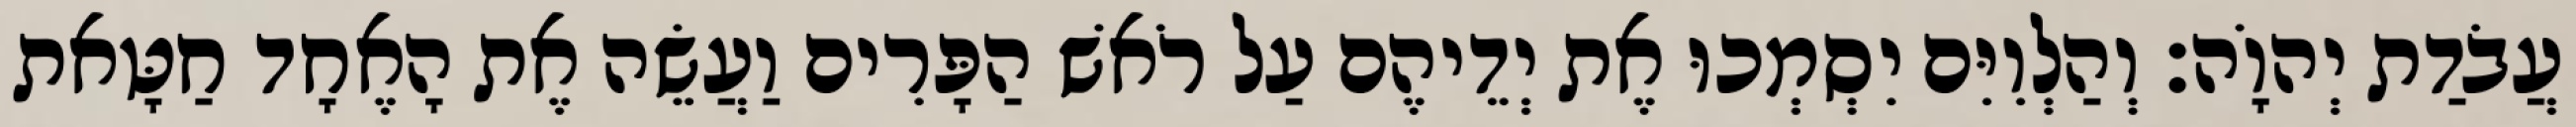
עֲבֹדַת יְהוָֹה׃ וְהַלְוִיִּם יִסְמְכוּ אֶת יְדֵיהֶם עַל רֹאשׁ הַפָּרִים וַעֲשֵׂה אֶת הָאֶחָד חַטָּאת